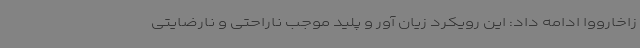
زاخارووا ادامه داد: این رویکرد زیان آور و پلید موجب ناراحتی و نارضایتی